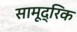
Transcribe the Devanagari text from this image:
सामूद्रिक